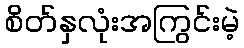
စိတ်နှလုံးအကြွင်းမဲ့